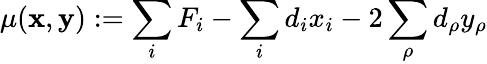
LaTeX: \mu(\textbf{x},\textbf{y}):=\sum_{i}F_{i}-\sum_{i}d_{i}x_{i}-2\sum_{\rho}d_{\rho}y_{\rho}